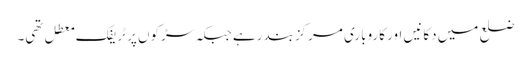
ضلع میں دکانیں اور کاروباری مرکزبند رہے جبکہ سڑکوں پر ٹریفک معطل تھی۔